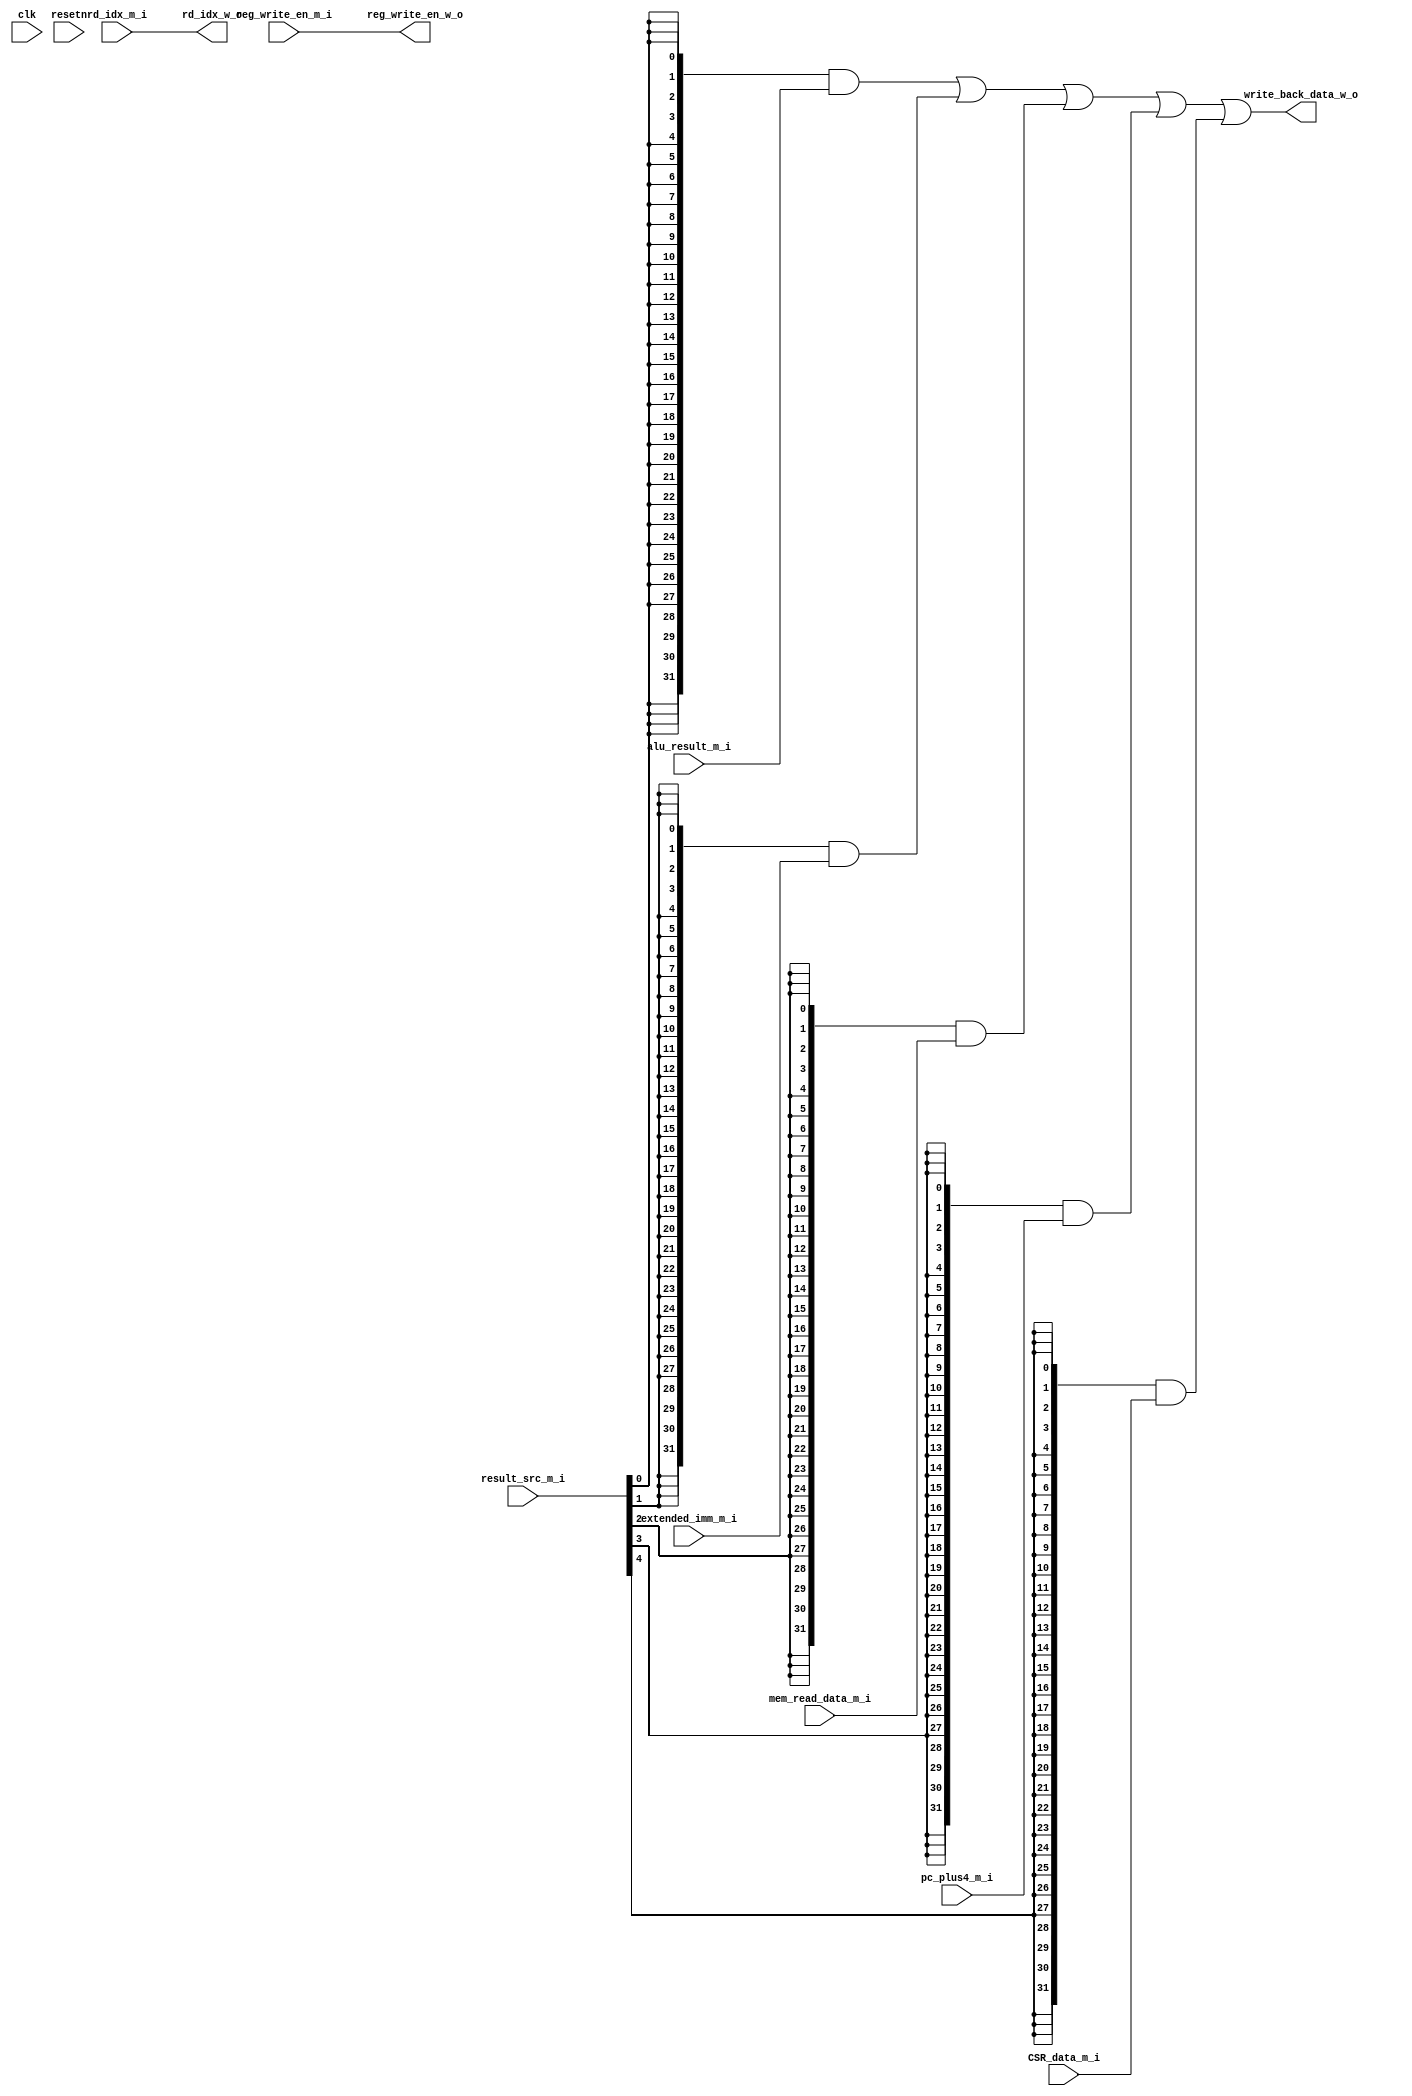
module pipelineWB (
    // input wire resetn, // no reset need in WB stage
    /* input data passed from MEM stage */
    input wire        clk,
    input wire        resetn,
    input wire [31:0] alu_result_m_i,   // alu calculation result
    input wire [31:0] mem_read_data_m_i, // delared as wire, becased the D-memory has 1 cycle delay when reading
    input wire [31:0] extended_imm_m_i,  // extended imm, for 'lui' instruction
    input wire [31:0] pc_plus4_m_i,      // rd=pc+4, for `jal` instruction
    input wire [31:0] CSR_data_m_i,
    input wire reg_write_en_m_i,
    input wire [4:0] rd_idx_m_i,  // RF write back register index, passed from MEM stage
    input wire [4:0] result_src_m_i,    // select signal to choose one of the four inputs

    /* write back data to ID stage */
    output wire reg_write_en_w_o, // write back to RF enable
    output wire [4:0] rd_idx_w_o,   // RF write register index
    output wire [31:0] write_back_data_w_o // data write to RF in ID 
);


// =========================================================================
// ============================ implementation =============================
// =========================================================================
    assign reg_write_en_w_o = reg_write_en_m_i;
    assign rd_idx_w_o       = rd_idx_m_i;
    assign write_back_data_w_o = ({32{result_src_m_i[0]}}&alu_result_m_i)|
                                 ({32{result_src_m_i[1]}}&extended_imm_m_i)|
                                 ({32{result_src_m_i[2]}}&mem_read_data_m_i)|
                                 ({32{result_src_m_i[3]}}&pc_plus4_m_i)|
                                 ({32{result_src_m_i[4]}}&CSR_data_m_i);
    
endmodule